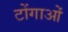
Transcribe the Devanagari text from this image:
टोंगाओं